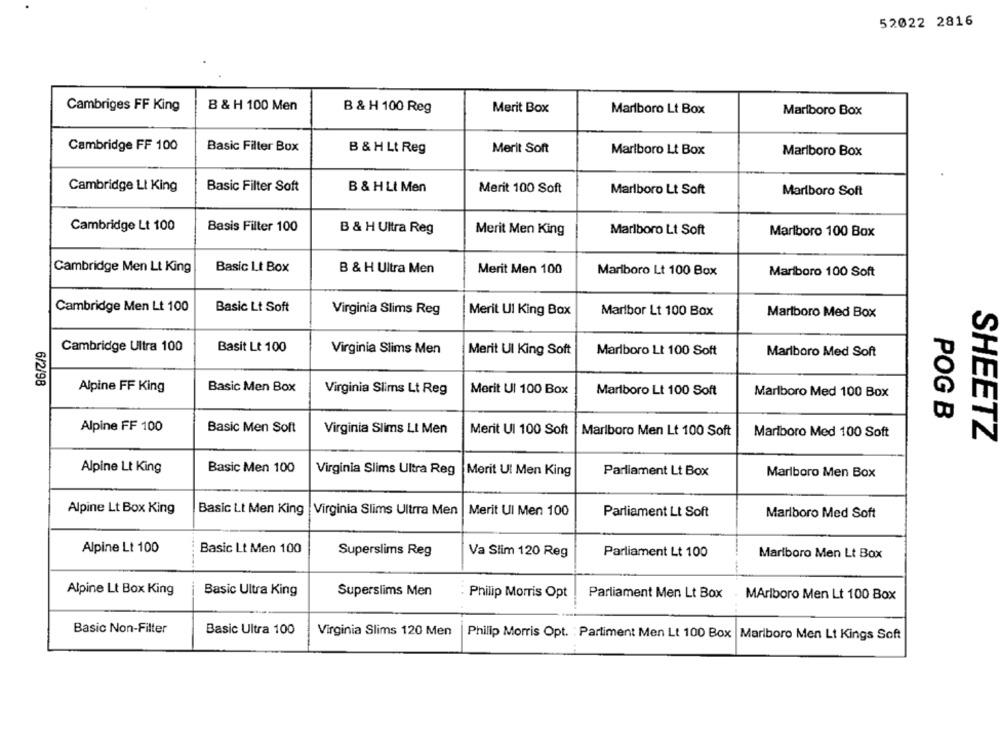
52022 2816
Cambriges FF King
B & H 100 Men
B & H 100 Reg
Merit Box
Marlboro Lt Box
Marlboro Box
Cambridge FF 100
Basic Filter Box
B & H Lt Reg
Merit Soft
Marlboro Lt Box
Mariboro Box
Cambridge LI King
Basic Filter Soft
B & H LI Men
Merit 100 Soft
Marlboro Lt Soft
Marlboro Soft
Cambridge Lt 100
Basis Filter 100
B & H Ultra Reg
Merit Men King
Marlboro Lt Soft
Marlboro 100 Box
Basic Lt Box
Cambridge Men Lt King
B & H Ultra Men
Merit Men 100
Marlboro Lt 100 Box
Mariboro 100 Soft
Cambridge Men Lt 100
Basic Lt Soft
Virginia Slims Reg
Merit Ul King Box
Maribor Lt 100 Box
Marlboro Med Box
Cambridge Ultra 100
Basit Lt 100
Virginia Slims Men
Merit Ul King Soft
Marlboro Lt 100 Soft
Marlboro Med Soft
6/2/98
Alpine FF King
Basic Men Box
Virginia Slims Lt Reg
Merit UI 100 Box
Marlboro Lt 100 Soft
Marlboro Med 100 Box
POG B
Alpine FF 100
Basic Men Soft
Virginia Slims LI Men
Merit UI 100 Soft
Marlboro Men Lt 100 Soft
Marlboro Med 100 Soft
SHEETZ
Alpine Lt King
Basic Men 100
Virginia Slims Ultra Reg
Merit Ul Men King
Parliament Lt Box
Marlboro Men Box
Alpine Lt Box King
Basic Lt Men King
Virginia Slims Ultrra Men
Merit UI Men 100
Parliament Lt Soft
Marlboro Med Soft
Alpine Lt 100
Basic Lt Men 100
Superslims Reg
Va Slim 120 Reg
Parliament Lt 100
Marlboro Men Lt Box
Alpine Lt Box King
Basic Ultra King
Superslims Men
Philip Morris Opt
Parliament Men Lt Box
MAriboro Men Lt 100 Box
Basic Non-Filter
Basic Ultra 100
Virginia Slims 120 Men
Phillip Morris Opt. : Partiment Men Lt 100 Box
Marlboro Men Lt Kings Soft